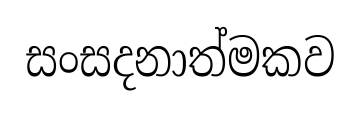
සංසදනාත්මකව